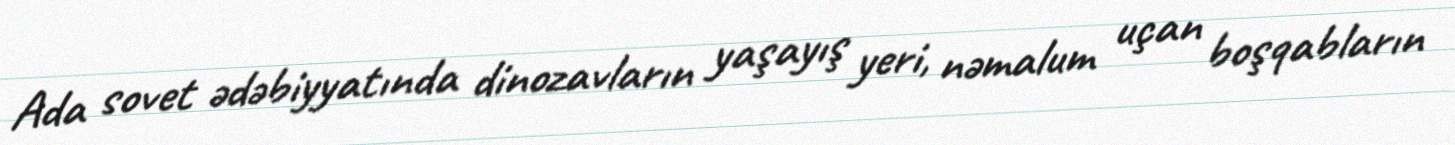
Ada sovet ədəbiyyatında dinozavların yaşayış yeri, nəmalum uçan boşqabların